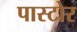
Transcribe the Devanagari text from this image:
पास्टोर